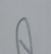
Signature authenticity: forged